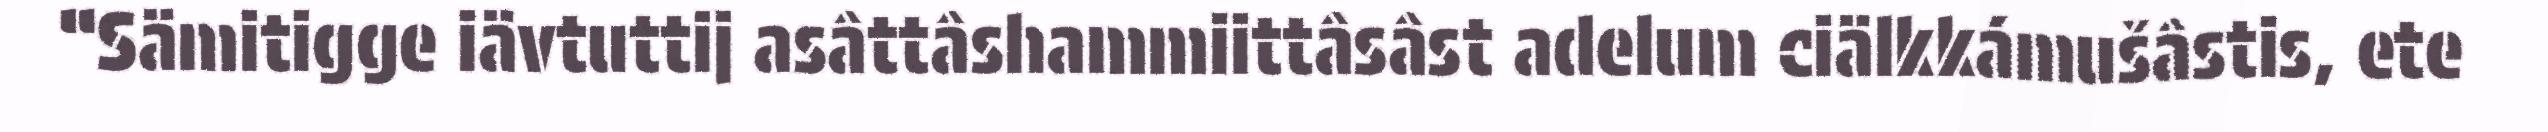
“Sämitigge iävtuttij asâttâshammiittâsâst adelum ciälkkámušâstis, ete